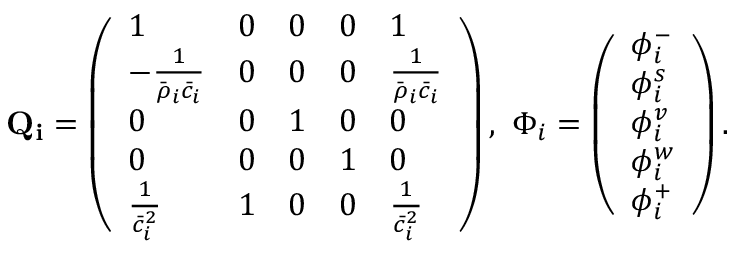
\mathbf { Q _ { i } } = \left( \begin{array} { l l l l l } { 1 } & { 0 } & { 0 } & { 0 } & { 1 } \\ { - \frac { 1 } { \bar { \rho } _ { i } \bar { c } _ { i } } } & { 0 } & { 0 } & { 0 } & { \frac { 1 } { \bar { \rho } _ { i } \bar { c } _ { i } } } \\ { 0 } & { 0 } & { 1 } & { 0 } & { 0 } \\ { 0 } & { 0 } & { 0 } & { 1 } & { 0 } \\ { \frac { 1 } { \bar { c } _ { i } ^ { 2 } } } & { 1 } & { 0 } & { 0 } & { \frac { 1 } { \bar { c } _ { i } ^ { 2 } } } \end{array} \right) , \ \Phi _ { i } = \left( \begin{array} { l } { \phi _ { i } ^ { - } } \\ { \phi _ { i } ^ { s } } \\ { \phi _ { i } ^ { v } } \\ { \phi _ { i } ^ { w } } \\ { \phi _ { i } ^ { + } } \end{array} \right) .